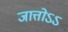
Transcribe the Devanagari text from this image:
जात्तोऽऽ